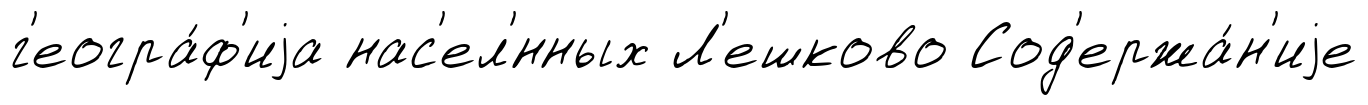
г'еогра́ф'иjа нас'ел'́нных Л'ешково Сод'ержа́н'иjе